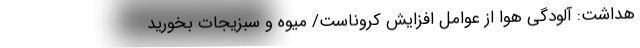
هداشت: آلودگی هوا از عوامل افزایش کروناست/ میوه و سبزیجات بخورید